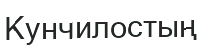
Кунчилостың